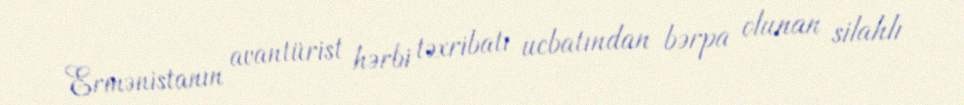
Ermənistanın avantürist hərbi təxribatı ucbatından bərpa olunan silahlı